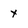
Character: y